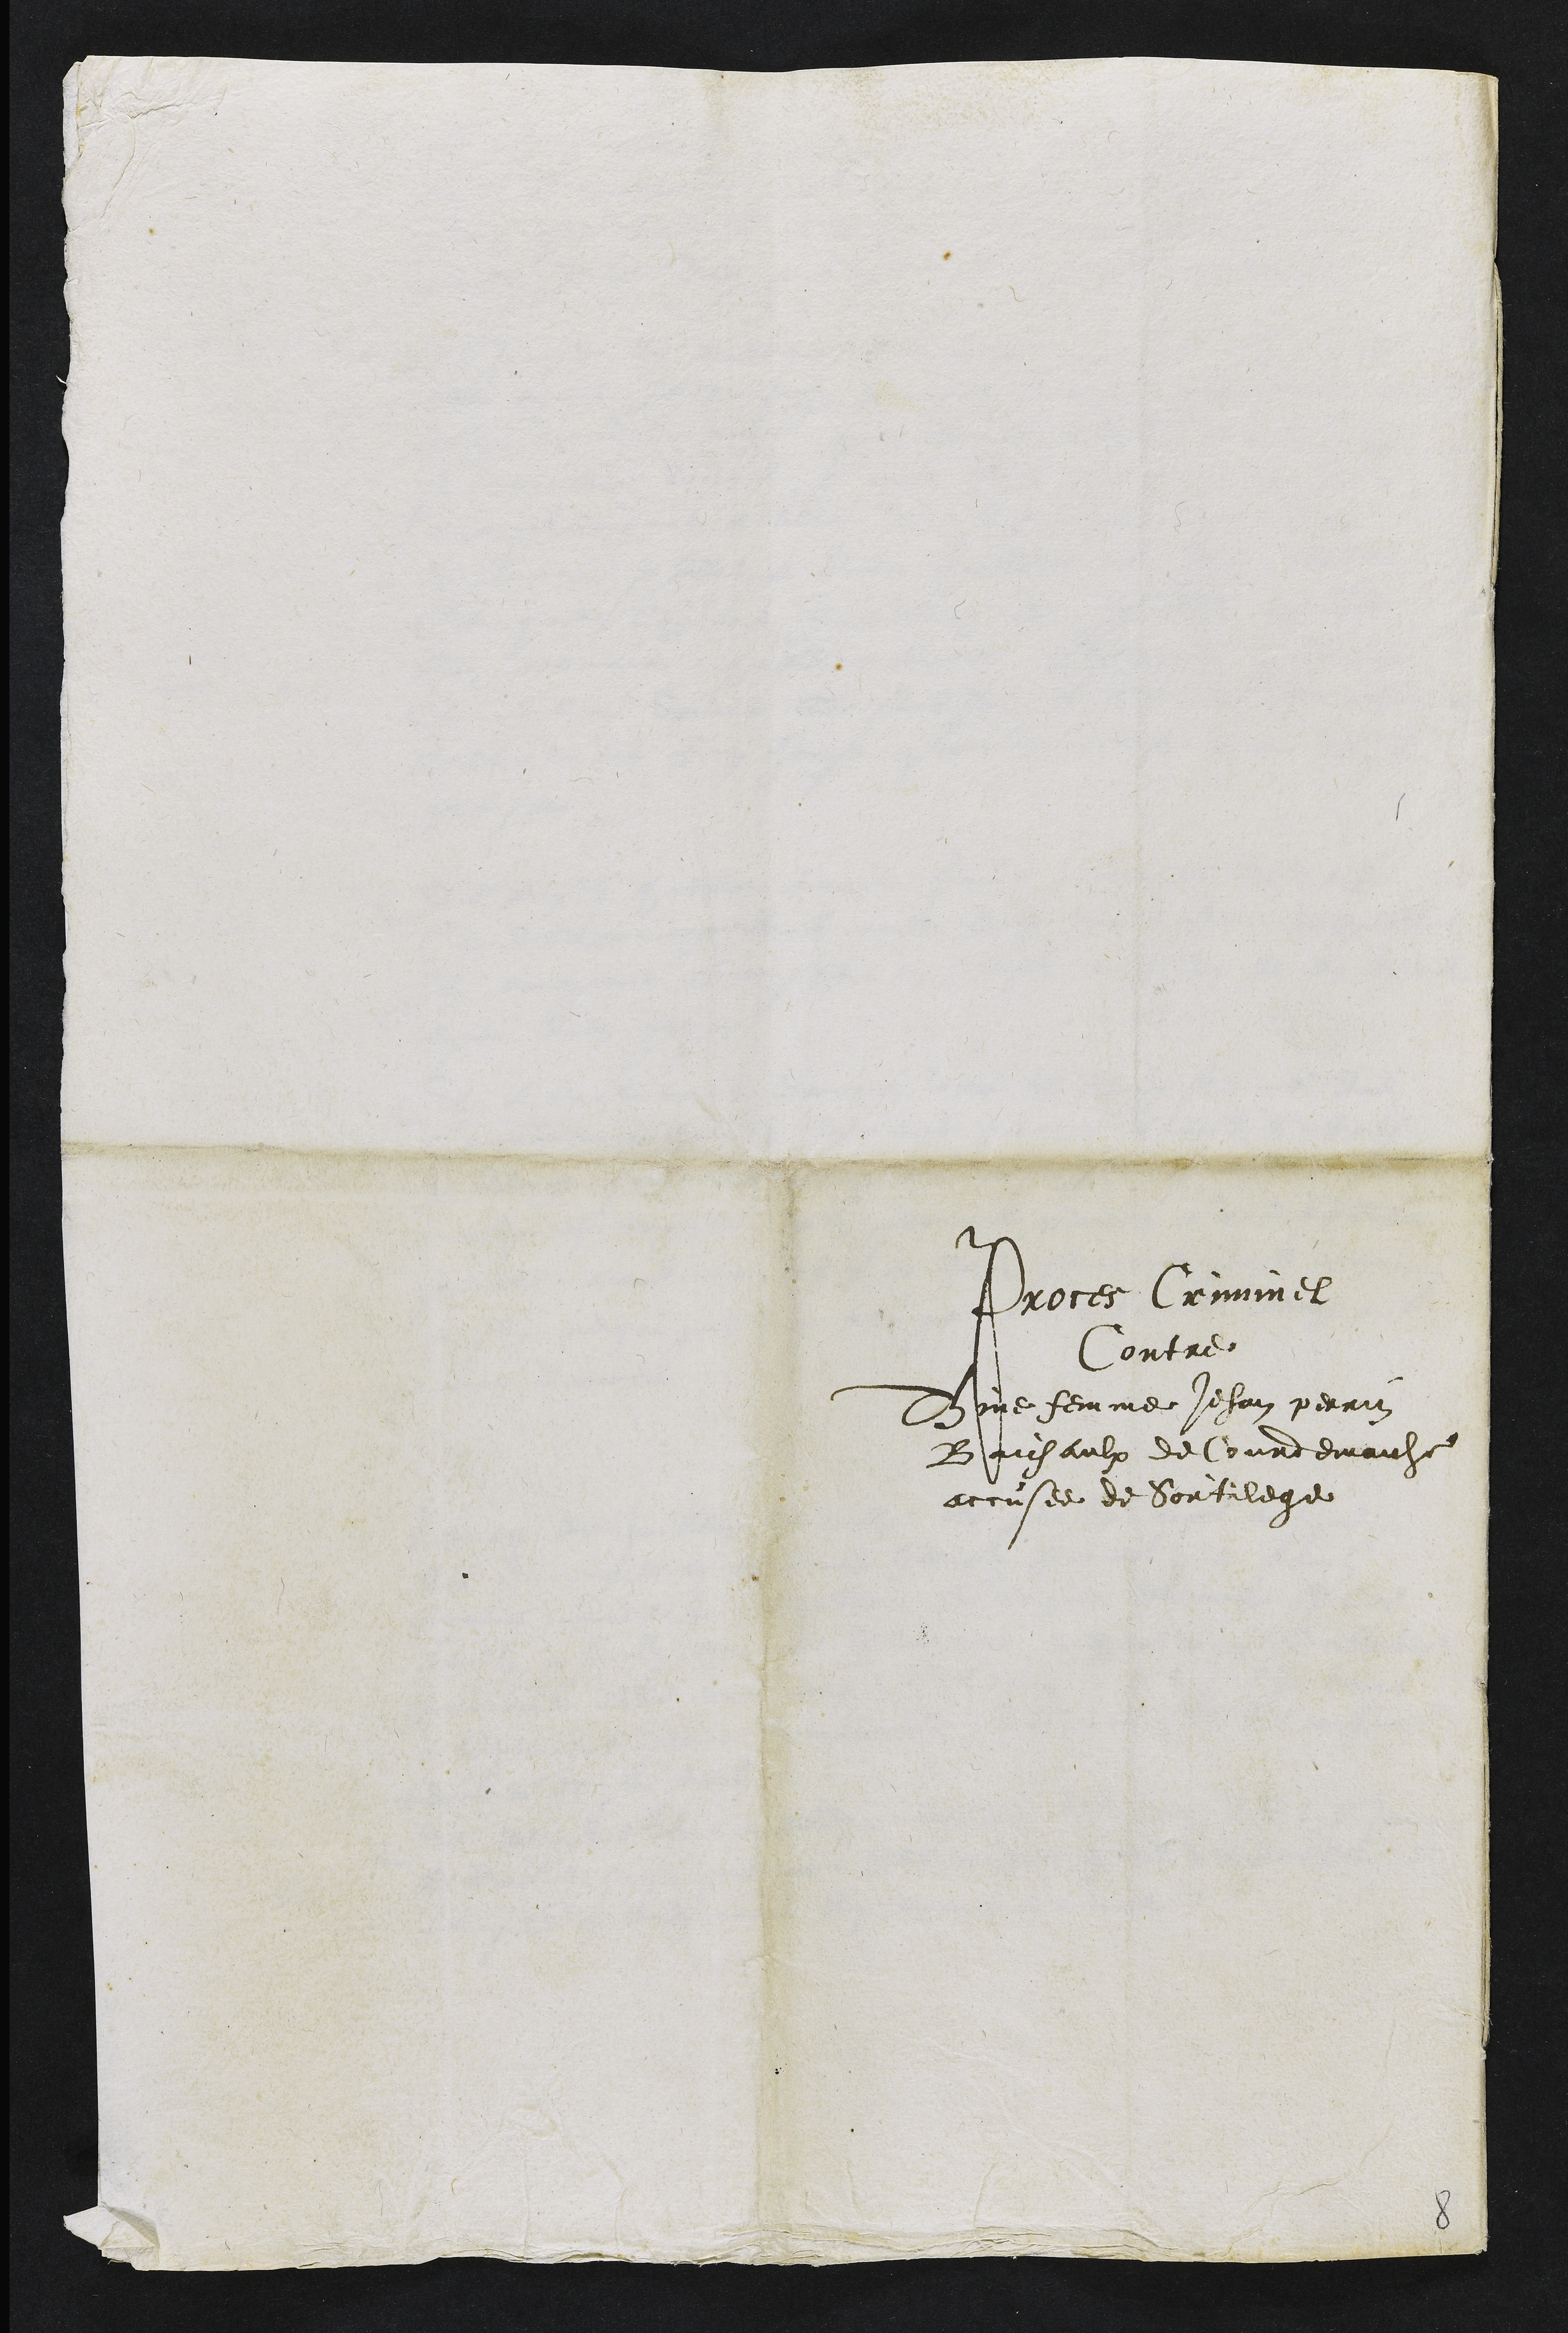
Proces Criminel
Contre
Thine femme Jehan perrin
Baichaulx de Courdemaiche
accusee de Sortilege